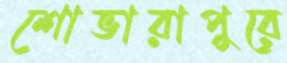
শোভারাপুরে